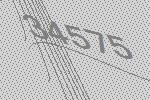
34575